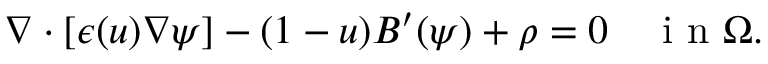
\nabla \cdot [ \epsilon ( u ) \nabla \psi ] - ( 1 - u ) B ^ { \prime } ( \psi ) + \rho = 0 \quad \mathrm { ~ i ~ n ~ } \Omega .